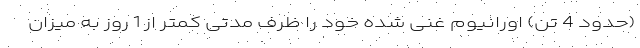
(حدود 4 تن) اورانیوم غنی شده خود را ظرف مدتی کمتر از 1 روز به میزان